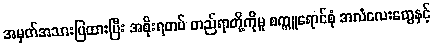
အမှတ်အသားပြထားပြီး အစိုးရတပ် တည်ရာတို့ကိုမူ စက္ကူရောင်စုံ အလံလေးတွေနှင့်